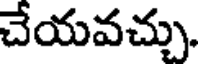
చేయవచ్చు.